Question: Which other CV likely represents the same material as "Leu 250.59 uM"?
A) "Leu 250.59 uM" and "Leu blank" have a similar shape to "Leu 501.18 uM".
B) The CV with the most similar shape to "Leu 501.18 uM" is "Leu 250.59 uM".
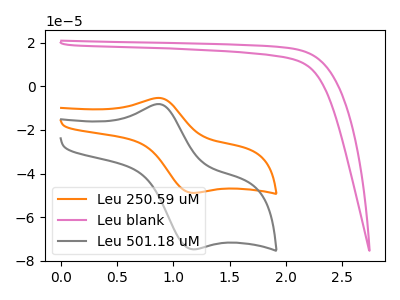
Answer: <think>The orange curve "Leu 250.59 uM" has an anodic peak at (0.85V, -5.30uA) and a cathodic peak at (1.15V, -48.85uA). The pink curve "Leu blank" has no peaks. The gray curve "Leu 501.18 uM" has an anodic peak at (0.85V, -8.10uA) and a cathodic peak at (1.15V, -74.70uA).
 "Leu 250.59 uM" and "Leu blank" have a different number of peaks. All the peaks in "Leu 250.59 uM" have a peak in "Leu 501.18 uM" at the same potential. "Leu blank" and "Leu 501.18 uM" have a different number of peaks.</think>
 <answer>B) The CV with the most similar shape to "Leu 501.18 uM" is "Leu 250.59 uM".</answer>
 <eval>B</eval>